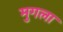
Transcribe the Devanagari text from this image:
मुगला